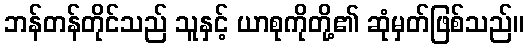
ဘန်တန်တိုင်သည် သူနှင့် ယာစုကိုတို့၏ ဆုံမှတ်ဖြစ်သည်။